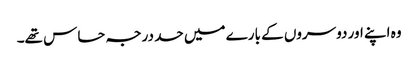
وہ اپنے اور دوسروں کے بارے میں حد درجہ حساس تھے۔